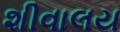
શીવાલય